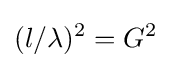
(l/\lambda )^{2}=G^{2}